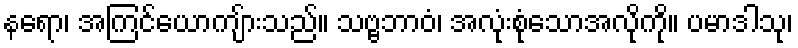
နရော၊ အကြင်ယောကျ်ားသည်။ သဗ္ဗဘာဝံ၊ အလုံးစုံသောအလိုကို။ ပမာဒါသု၊